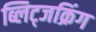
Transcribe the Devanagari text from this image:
ब्लिट्जक्रिंग